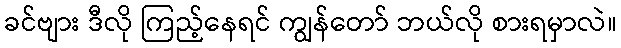
ခင်ဗျား ဒီလို ကြည့်နေရင် ကျွန်တော် ဘယ်လို စားရမှာလဲ။